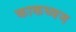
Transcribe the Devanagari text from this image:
काकध्वज